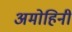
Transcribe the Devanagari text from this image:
अमोहिनी